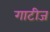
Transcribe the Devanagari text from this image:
गाटीज